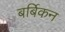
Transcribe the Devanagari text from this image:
बर्बिकन